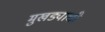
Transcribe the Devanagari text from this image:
मुखड्याची